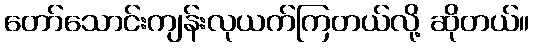
တော်သောင်းကျန်းလုယက်ကြတယ်လို့ ဆိုတယ်။